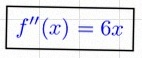
f''(x)=6x